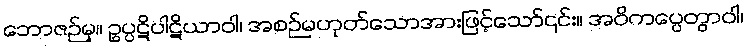
ဘောဇဉ်မှ။ ဥပ္ပဋိပါဋိယာဝါ၊ အစဉ်မဟုတ်သောအားဖြင့်သော်၎င်း။ အဝိကပ္ပေတွာဝါ၊